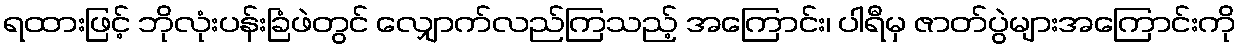
ရထားဖြင့် ဘိုလုံးပန်းခြံဖဲတွင် လျှောက်လည်ကြသည့် အကြောင်း၊ ပါရီမှ ဇာတ်ပွဲများအကြောင်းကို